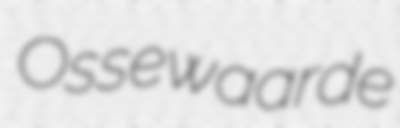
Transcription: Ossewaarde